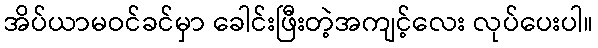
အိပ်ယာမဝင်ခင်မှာ ခေါင်းဖြီးတဲ့အကျင့်လေး လုပ်ပေးပါ။